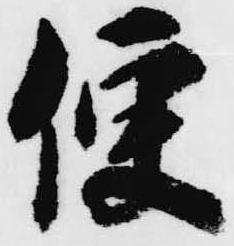
便